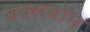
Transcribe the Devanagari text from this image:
बक्सबॉम